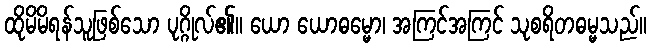
ထိုမိမိရန်သူဖြစ်သော ပုဂ္ဂိုလ်၏။ ယော ယောဓမ္မော၊ အကြင်အကြင် သုစရိတဓမ္မသည်။